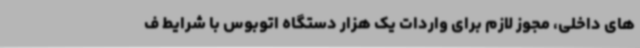
های داخلی، مجوز لازم برای واردات یک هزار دستگاه اتوبوس با شرایط ف